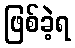
ဖြစ်ခဲ့ရ